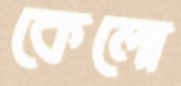
কেলো